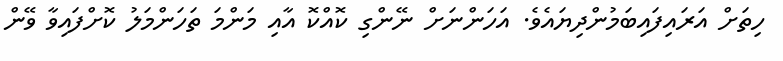
ހިތަށް އަރައިފައިބަމުންދިޔައެވެ. އަހަންނަށް ނޭންގި ކޮއްކޮ އާއި މަންމަ ތަހަންމަލު ކޮށްފައިވާ ވޭން